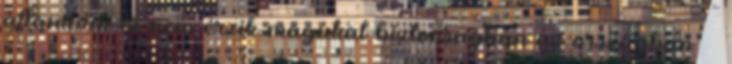
államban és nem érzik magukat biztonságban az országban” –